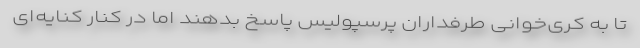
تا به کری‌خوانی طرفداران پرسپولیس پاسخ بدهند اما در کنار کنایه‌ای